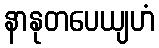
နာနုတပေယျဟံ